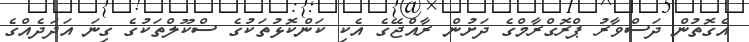
އެގޮތުން ދަސްވާރު ޕްރޮގްރާމްގެ ދަށުން ރާއްޖޭގެ އެކި ކަންކޮޅުތަކުގެ ސްކޫލްތަކުގެ ގިނަ އަދަދެއްގެ